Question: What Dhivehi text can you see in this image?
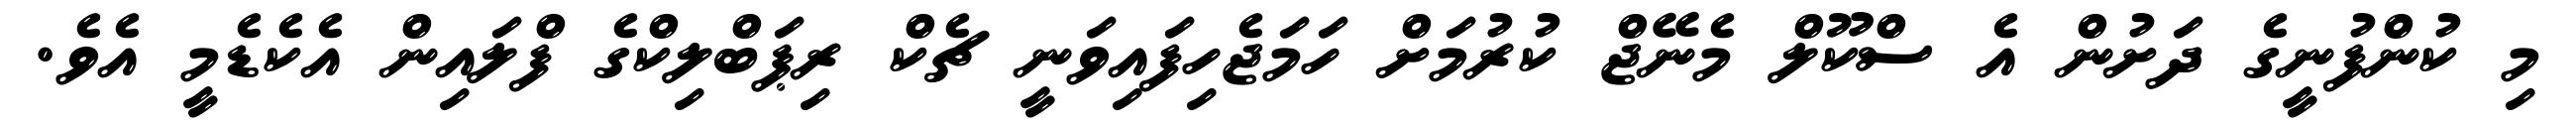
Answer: މި ކުންފުނީގެ ދަށުން އެ ސްކޫލް މެނޭޖް ކުރުމަށް ހަމަޖެހިފައިވަނީ ޗެކް ރިޕަބްލިކްގެ ފްލައިން އެކެޑެމީ އެވެ.